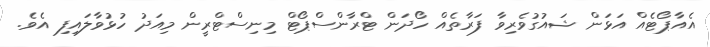
އެއާޕޯޓެއް އަޅަން ޝައުގުވެރިވާ ފަރާތެއް ހޯދަން ޓްރާންސްޕޯޓް މިނިސްޓްރީން މިއަދު ހުޅުވާލައިފި އެވެ.